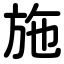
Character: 施